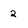
Character: 2